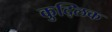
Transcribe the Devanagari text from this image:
कुद्लिक